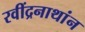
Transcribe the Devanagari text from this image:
रवींद्रनाथांन